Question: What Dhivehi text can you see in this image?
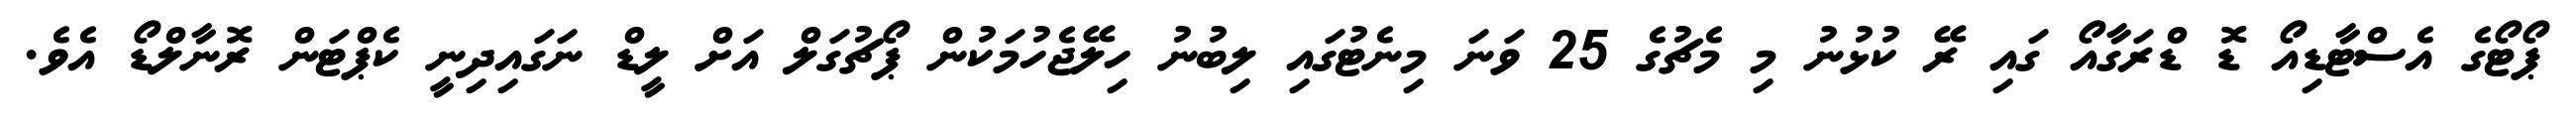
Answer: ޕޯޓޯގެ އެސްޓާޑިއޯ ޑޮ ޑްރަގާއޯ ގައި ރޭ ކުޅުނު މި މެޗުގެ 25 ވަނަ މިނެޓުގައި ލިބުނު ހިލޭޖެހުމަކުން ޕޯޗުގަލް އަށް ލީޑް ނަގައިދިނީ ކެޕްޓަން ރޮނާލްޑޯ އެވެ.